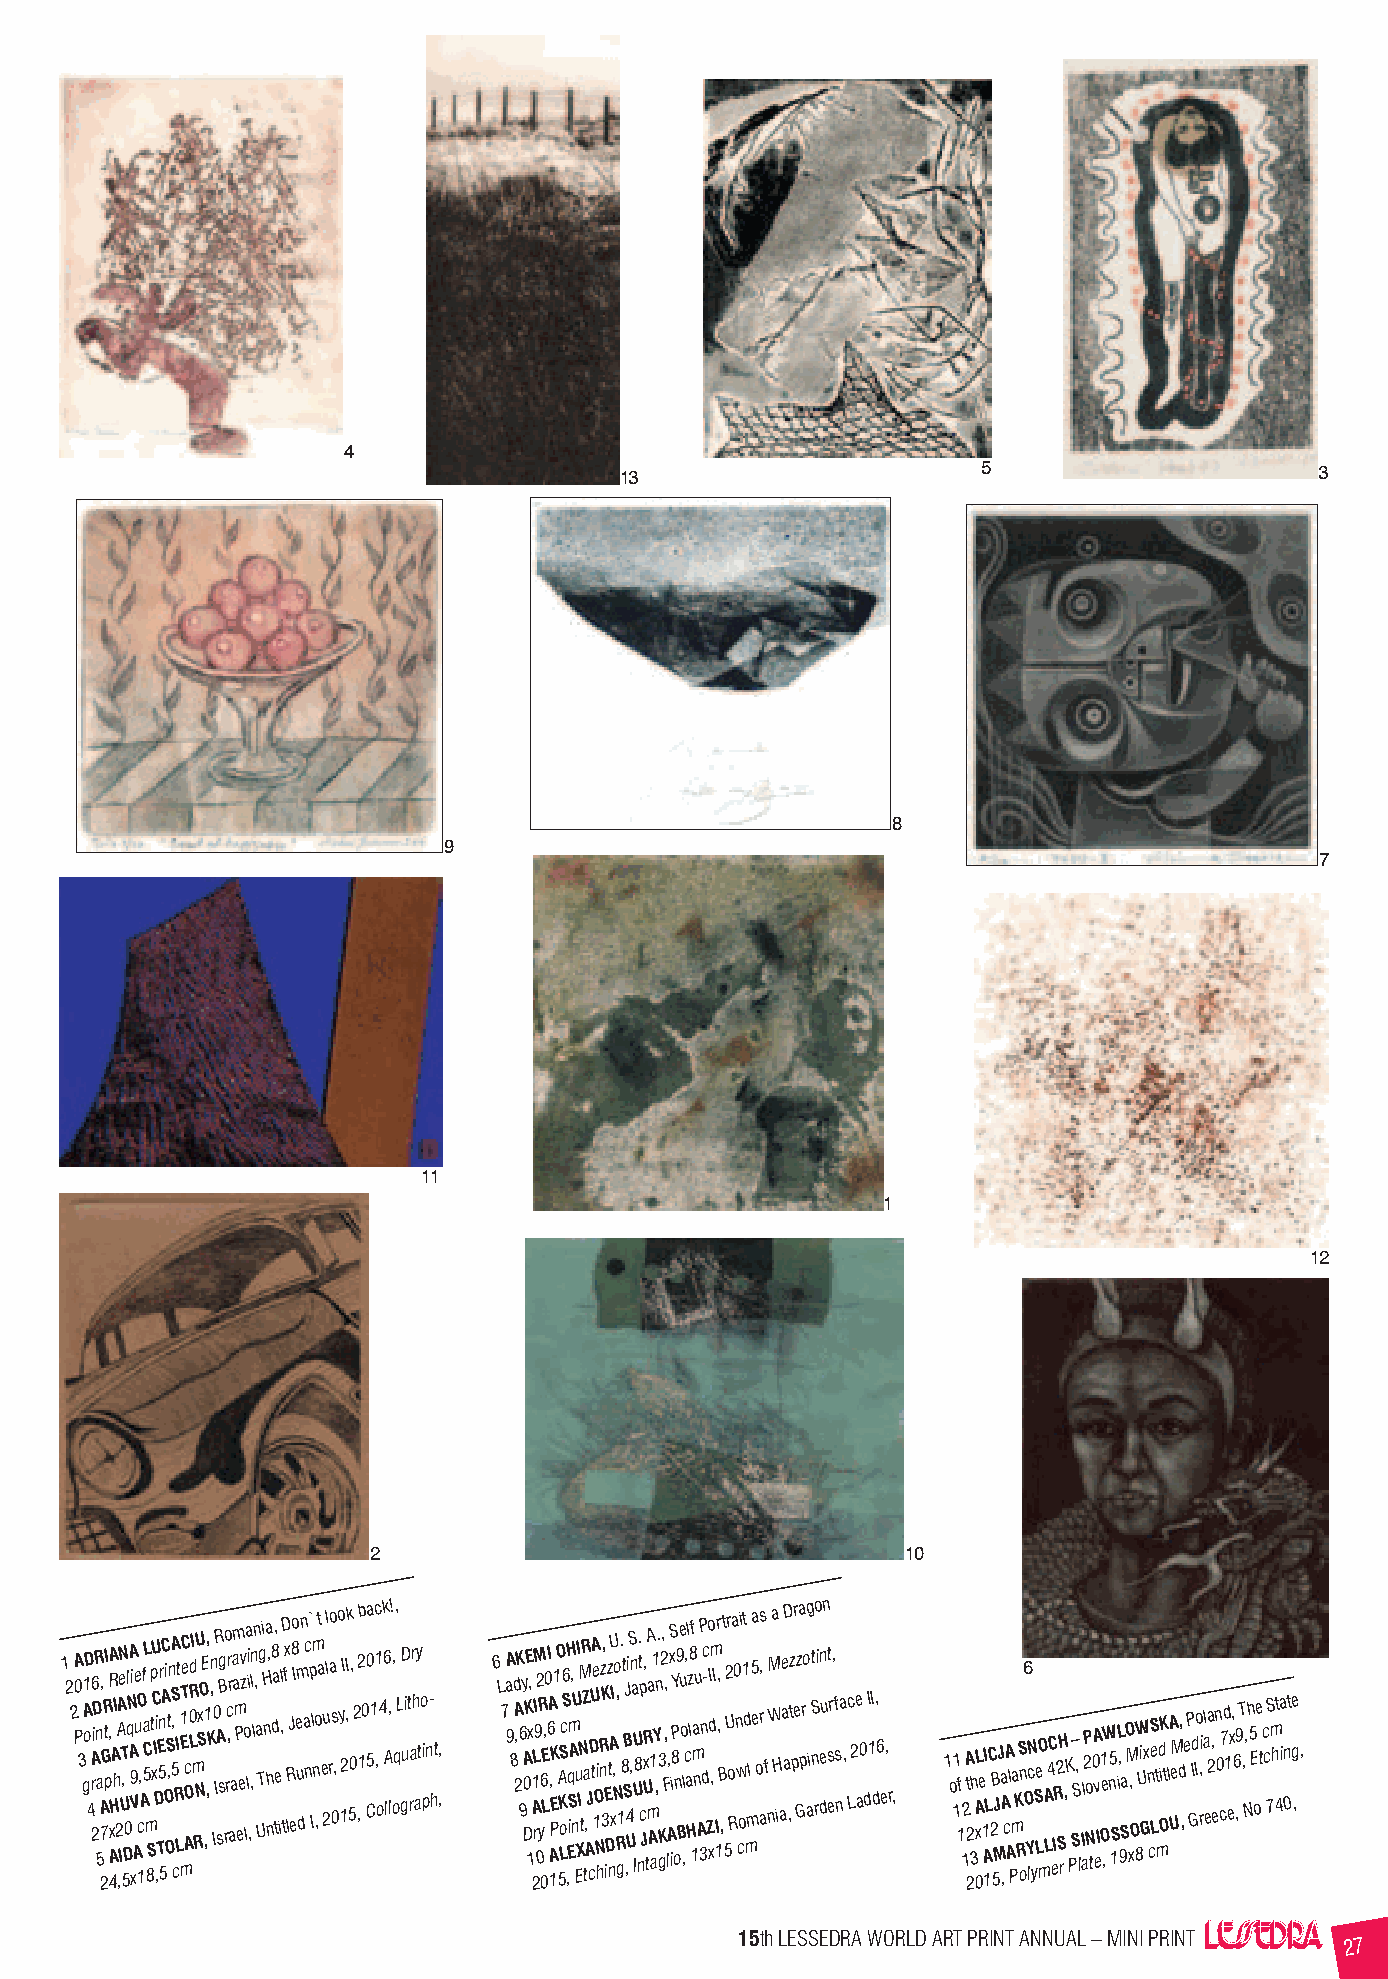
4
 13                      5                     3
 8
 9
 7
 11
 1
 12
 2                                   10
 1 2 2 A P0 3 gA1 oD 4 rA 26 iDR n 5a 2A 7, GR tI p , A 4xA R HA hI 2A ,A IN e UT , 5D0 ql NA A 9i V x Ae u 1cO , AfL a 5 C m 8 S tpU xC I D ,i TE 5n 5rC A Oi OSt , nA S , 5 cR LI t 1 mEC e T Ac Od 0 LRI m RNU SxOE ,1 ,, K , n I0 IR sA sg B ro rc ,r r aa a am m P eev z o la lii ,,ln l n , a UT gi H na nh, d8 a, te i,l D t f x lRJ e8o I e um dn a nc ` p Ilm n ,ot a e 2ull rao s 0, o y 12I ,Ik 5, 02 ,2b 10 Ca 0 51c 1 , o4 k 6 A l, l! o , q, L gD uit rar h ay to pi n- ht, , 6 L 7 aA 9 8 d A 2,K 9 6y A D0KE , 1 x A 21L rM I 92 0R y 06E L,0 I 6A A 1,K E P 1 O 5A K LS oc6 SH ,q EiSm A, nU Eu XI INM tR Z ta , AJ c DUA te 1O Ni hR nz, K 3 iE Dz t nAU xI , No , R g 1 . 8t B S J ,U4iS ,n a U U I8 n. t cp J x, R U tA m a A1 a1 Y ,n. K g3 2, , F, l, A xS ii8PY on9 Be u o l ,c, al H z l8f 1a m nu A P 3n dc - Zo d xI ,m I I 1r ,, B , t 5 U2r o Ra 0 n w coi 1t d mm l5 a e os r, af nM Wa H i ae a aD ,z t p r e Gza prog a iS nt ro i den un s et r , f s n a , c L2e a0 dI 1I d, 6 e, r , 1 o 11 f 1 12 A 2t 2h 3 L 0A xe 1I 1AL C 2B 5J MJ a A ,cA Al P a mK RS on6 O Y lcN ySe LO m A L4C eIR2 SH r, K PS– S, l I al2P o N t0A v eI1 Oe ,W n5 1SiL , 9a S O M x, O 8W Ui Gx n cS e Lt md OiK t lA UeM d, , e P GId Io , ri l a ea 2, en 0 c7d 1 ex, 6 , 9T , N, h 5 E oe tc cS 7m h 4ta in 0t ge , ,
 15th LESSEDRA WORLD ART PRINT ANNUAL – MINI PRINT
 27